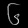
Digit: ၆